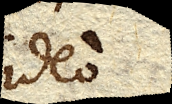
ideo